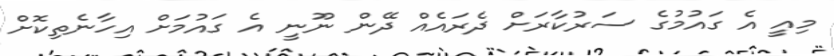
މިއީ އެ ގައުމުގެ ސަރުކާރަށް ދެރައެއް ދޭން ނޫނީ އެ ގައުމަށް އިހާނެތިކޮށް